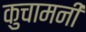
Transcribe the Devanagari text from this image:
कुचामनी